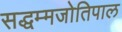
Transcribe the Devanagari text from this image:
सद्धम्मजोतिपाल